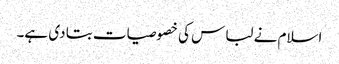
اسلام نے لباس کی خصوصیات بتا دی ہے۔